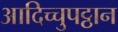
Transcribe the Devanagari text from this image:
आदिच्चुपट्ठान